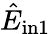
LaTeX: \hat{E}_{\mathrm{in1}}